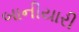
બાનીયારી